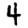
Digit: 4